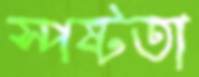
স্পষ্টতা